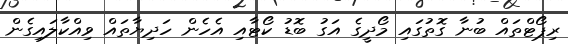
ރިޕޯޓްތައް ބުނާ ގޮތުގައި މޯދީގެ އަގު ބޮޑު ކޯޓާއި އެހެން ހަދިޔާތައް ވިއްކާލައިގެން